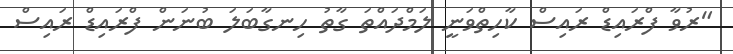
"ރުވާ ފްރައިޑް ރައިސް ކާހިތްވަނީ ލަމްދައްތަ ގާތު ހިނގާބަލަ ބުނަން ފްރައިޑް ރައިސް